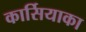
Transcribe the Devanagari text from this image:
कार्सियाका